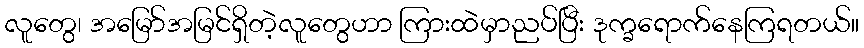
လူတွေ၊ အမြော်အမြင်ရှိတဲ့လူတွေဟာ ကြားထဲမှာညပ်ပြီး ဒုက္ခရောက်နေကြရတယ်။